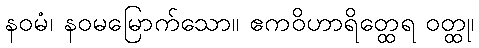
နဝမံ၊ နဝမမြောက်သော။ ဧကဝိဟာရိတ္ထေရ ဝတ္ထု၊